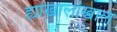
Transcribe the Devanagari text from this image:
ह्यांखालोखाल